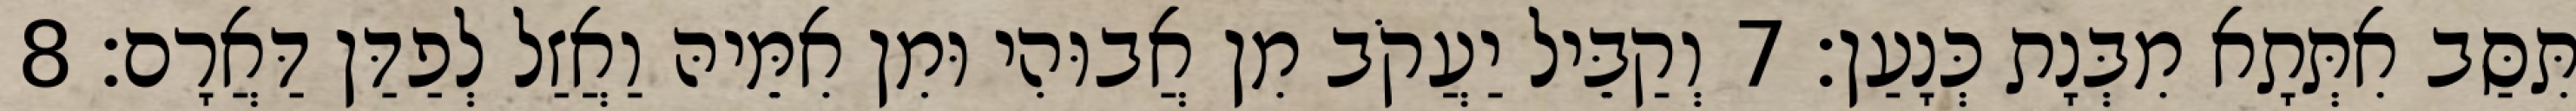
תִּסַּב אִתְּתָא מִבְּנָת כְּנָעַן׃ 7 וְקַבֵּיל יַעֲקֹב מִן אֲבוּהִי וּמִן אִמֵּיהּ וַאֲזַל לְפַדַּן דַּאֲרָם׃ 8